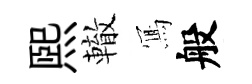
煕轍𭂁般